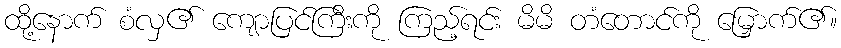
ထို့နောက် စံလှ၏ ကျောပြင်ကြီးကို ကြည့်ရင်း မိမိ တံတောင်ကို မြှောက်၏။